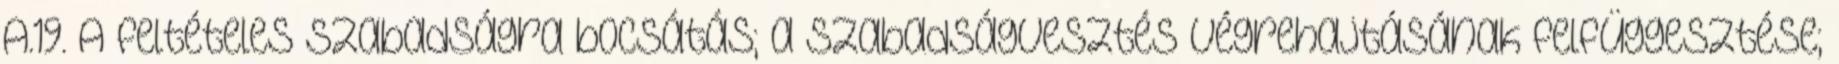
A.19. A feltételes szabadságra bocsátás; a szabadságvesztés végrehajtásának felfüggesztése;